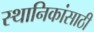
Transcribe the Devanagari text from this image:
स्थानिकांसाठी